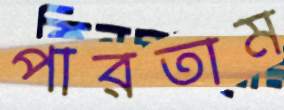
পারতাম